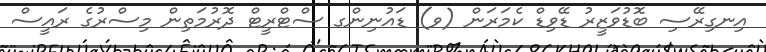
އިނގިރޭސި ބޮޑުވަޒީރު ޑޭވިޑް ކެމަރަން (ވ) ޑައުނިންގ ސްޓްރީޓް ދޮރުމަތިން މިސްރުގެ ރައީސް